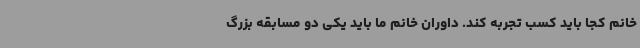
خانم کجا باید کسب تجربه کند. داوران خانم ما باید یکی دو مسابقه بزرگ